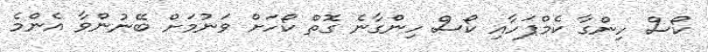
ކޯސް ހިންގާ ކެމްޕަހާއި ކޯސް ހިންގާނެ ގޮތް ކޯހަށް ވަނުމަށް ބޭނުންވާ އެންމެ